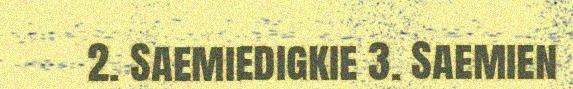
2. Saemiedigkie 3. Saemien